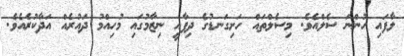
ލާފައި ހުންނަ ސެލްއެވެ. މިސެލްތައް ހަށިގަނޑުގެ ދިފާއީ ނިޒާމުގައި މުހިއްމު ދައުރެއް އަދާކުރެއެވެ.